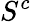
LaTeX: S^{c}